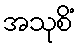
အသုစိံ